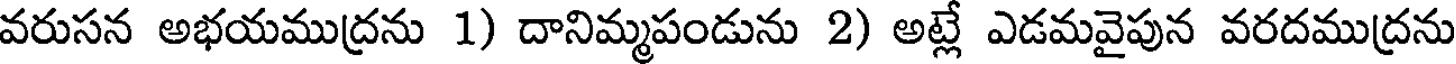
వరుసన అభయముద్రను 1) దానిమ్మపండును 2) అట్లే ఎడమవైపున వరదముద్రను